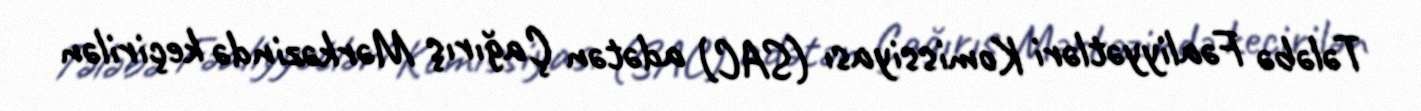
Tələbə Fəaliyyətləri Komissiyası (SAC) adətən Çağırış Mərkəzində keçirilən